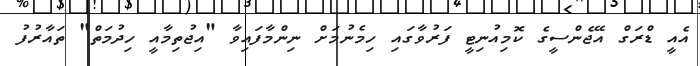
އެއީ ޑްރަގް އޭޖެންސީގެ ކޮމިއުނިޓީ ފަރުވާގައި ހިމެނުމަށް ނިންމާފައިވާ "އިޖުތިމާއީ ހިދުމަތް" ތައާރުފު